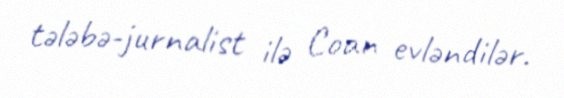
tələbə-jurnalist ilə Coan evləndilər.